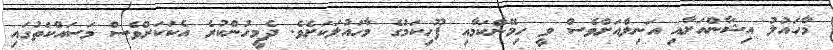
މާހައުލު އިޝާންއަށާއި އަނިލްއަށްވެސް ވީ ހިމޭންކަމާއި ފޫހިކަމުގެ މާހައުލަކަށެވެ. ދެމީހުންކުރެ އެކަކަށްވެސް މަސައްކަތުގައި